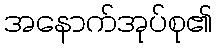
အနောက်အုပ်စု၏